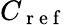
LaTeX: C_{\mathrm{~r~e~f~}}